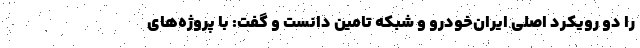
را دو رویکرد اصلی ایران‌خودرو و شبکه تامین دانست و گفت: با پروژه‌های